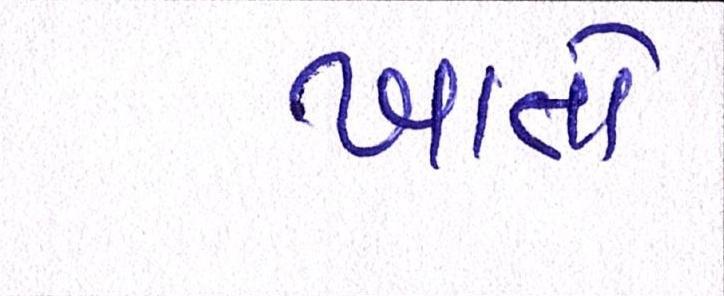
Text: ખાતો